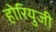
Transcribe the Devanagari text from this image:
होरियुजी